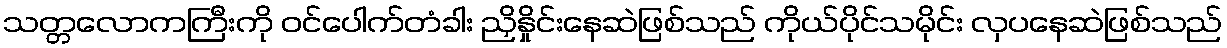
သတ္တလောကကြီးကို ဝင်ပေါက်တံခါး ညှိနှိုင်းနေဆဲဖြစ်သည် ကိုယ်ပိုင်သမိုင်း လှပနေဆဲဖြစ်သည်